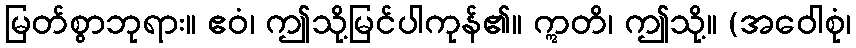
မြတ်စွာဘုရား။ ဧဝံ၊ ဤသို့မြင်ပါကုန်၏။ ဣတိ၊ ဤသို့။ (အဝေါစုံ၊